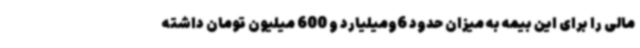
مالی را برای این بیمه به میزان حدود 6ومیلیارد و 600 میلیون تومان داشته